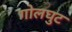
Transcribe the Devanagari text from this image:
गोलघुट